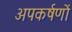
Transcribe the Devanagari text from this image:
अपकर्षणों